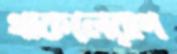
থাকলেরাগ